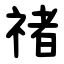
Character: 禇